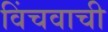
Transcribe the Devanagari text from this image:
विंचवाची